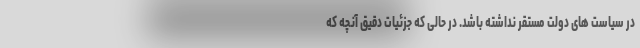
در سیاست های دولت مستقر نداشته باشد. در حالی که جزئیات دقیق آنچه که